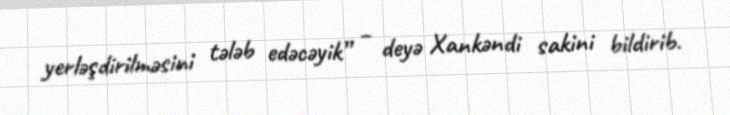
yerləşdirilməsini tələb edəcəyik” – deyə Xankəndi sakini bildirib.